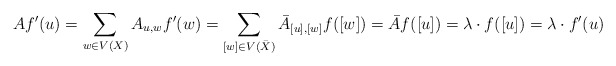
\begin{align*}A f'(u) = \sum_{w \in V(X)} A_{u,w} f'(w) = \sum_{[w] \in V(\bar X)} \bar A_{[u],[w]} f([w]) = \bar A f([u])= \lambda \cdot f([u]) = \lambda \cdot f'(u)\end{align*}